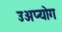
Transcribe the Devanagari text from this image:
उअप्योग